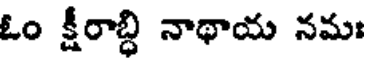
ఓం క్షీరాబ్ధి నాథాయ నమః